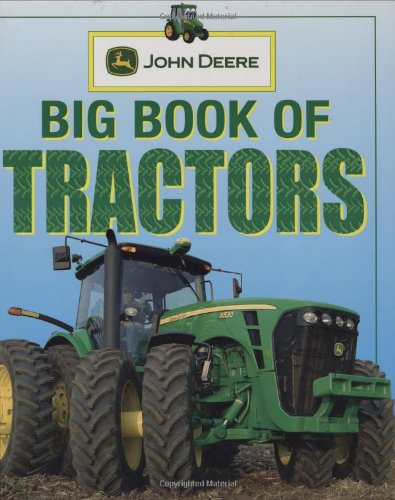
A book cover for John Deere: Big Book of Tractors; DK; Children's Books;